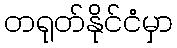
တရုတ်နိုင်ငံမှာ